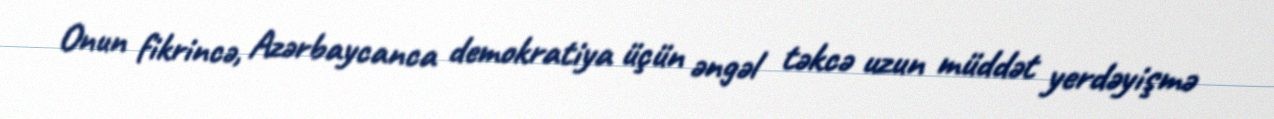
Onun fikrincə, Azərbaycanca demokratiya üçün əngəl təkcə uzun müddət yerdəyişmə